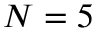
N = 5